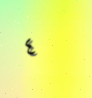
٤